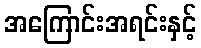
အကြောင်းအရင်းနှင့်